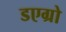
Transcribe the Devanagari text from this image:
डएग्रो